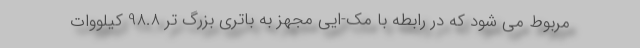
مربوط می شود که در رابطه با مک-ایی مجهز به باتری بزرگ تر 98.8 کیلووات